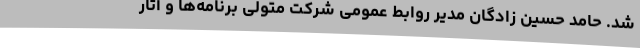
شد. حامد حسین زادگان مدیر روابط عمومی شرکت متولی برنامه‌ها و آثار